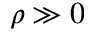
\rho \gg 0